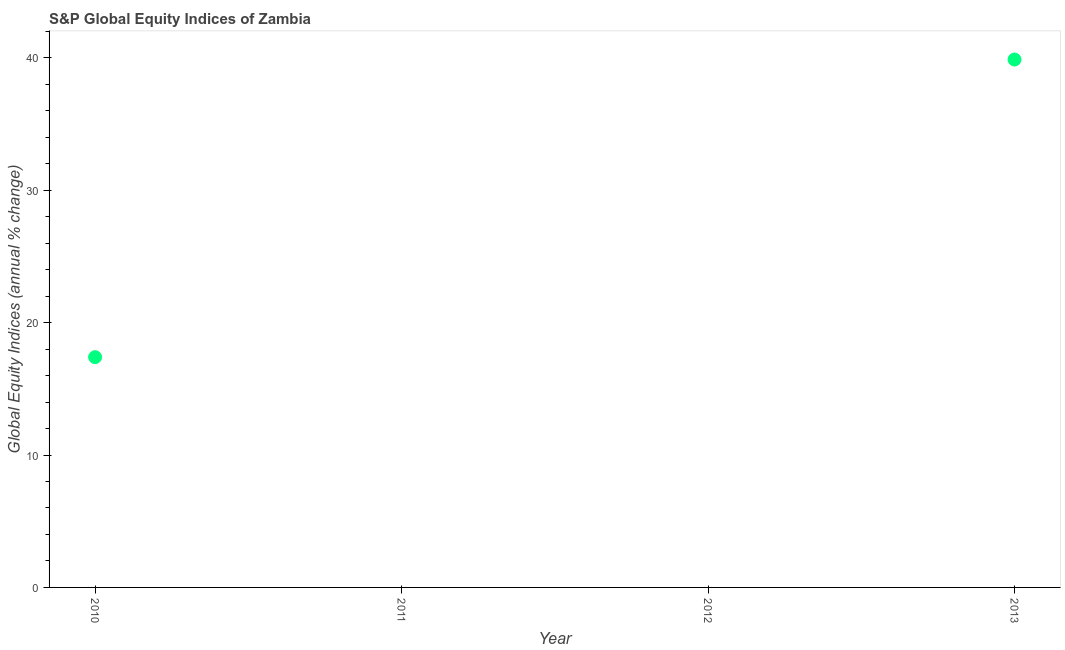
| Year | S&P Global Equity Indices |
 | --- | --- |
 | 2010 | 17.4 |
 | 2011 | -1.29 |
 | 2012 | -3.47 |
 | 2013 | 39.9 |